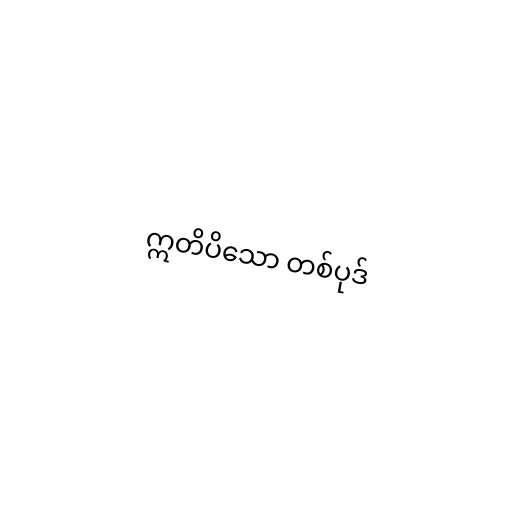
ဣတိပိသော တစ်ပုဒ်